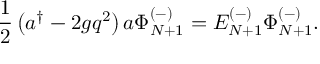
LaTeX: { \frac { 1 } { 2 } } \left( a ^ { \dagger } - 2 g q ^ { 2 } \right) a \Phi _ { N + 1 } ^ { ( - ) } = E _ { N + 1 } ^ { ( - ) } \Phi _ { N + 1 } ^ { ( - ) } .